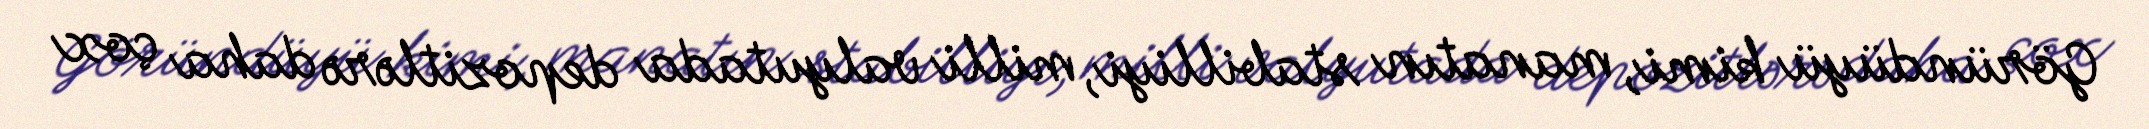
Göründüyü kimi, manatın stabilliyi, milli valyutada depozitlərə daha çox